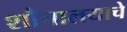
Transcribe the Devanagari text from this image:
शौचालयाचे